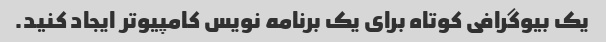
یک بیوگرافی کوتاه برای یک برنامه نویس کامپیوتر ایجاد کنید.